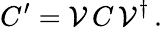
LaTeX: C^{\prime}=\mathcal{V}\, C\, \mathcal{V}^{\dagger}\, .